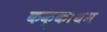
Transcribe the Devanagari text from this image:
कक्कायम